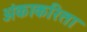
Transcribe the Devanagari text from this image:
अंकाकरिता